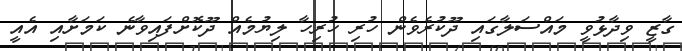
ގާޒީ ވިދާޅުވީ މައްސަލާގައި ދޫކުރެވެން ހުރި ހުރިހާ ލިޔުމެއް ދޫކޮށްފައިވާނެ ކަމަށާއި އެއީ